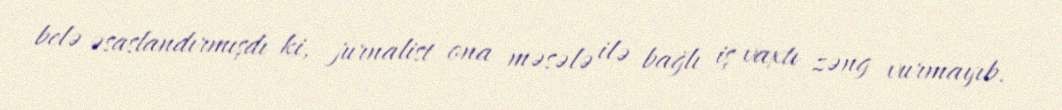
belə əsaslandırmışdı ki, jurnalist ona məsələ ilə bağlı iş vaxtı zəng vurmayıb.